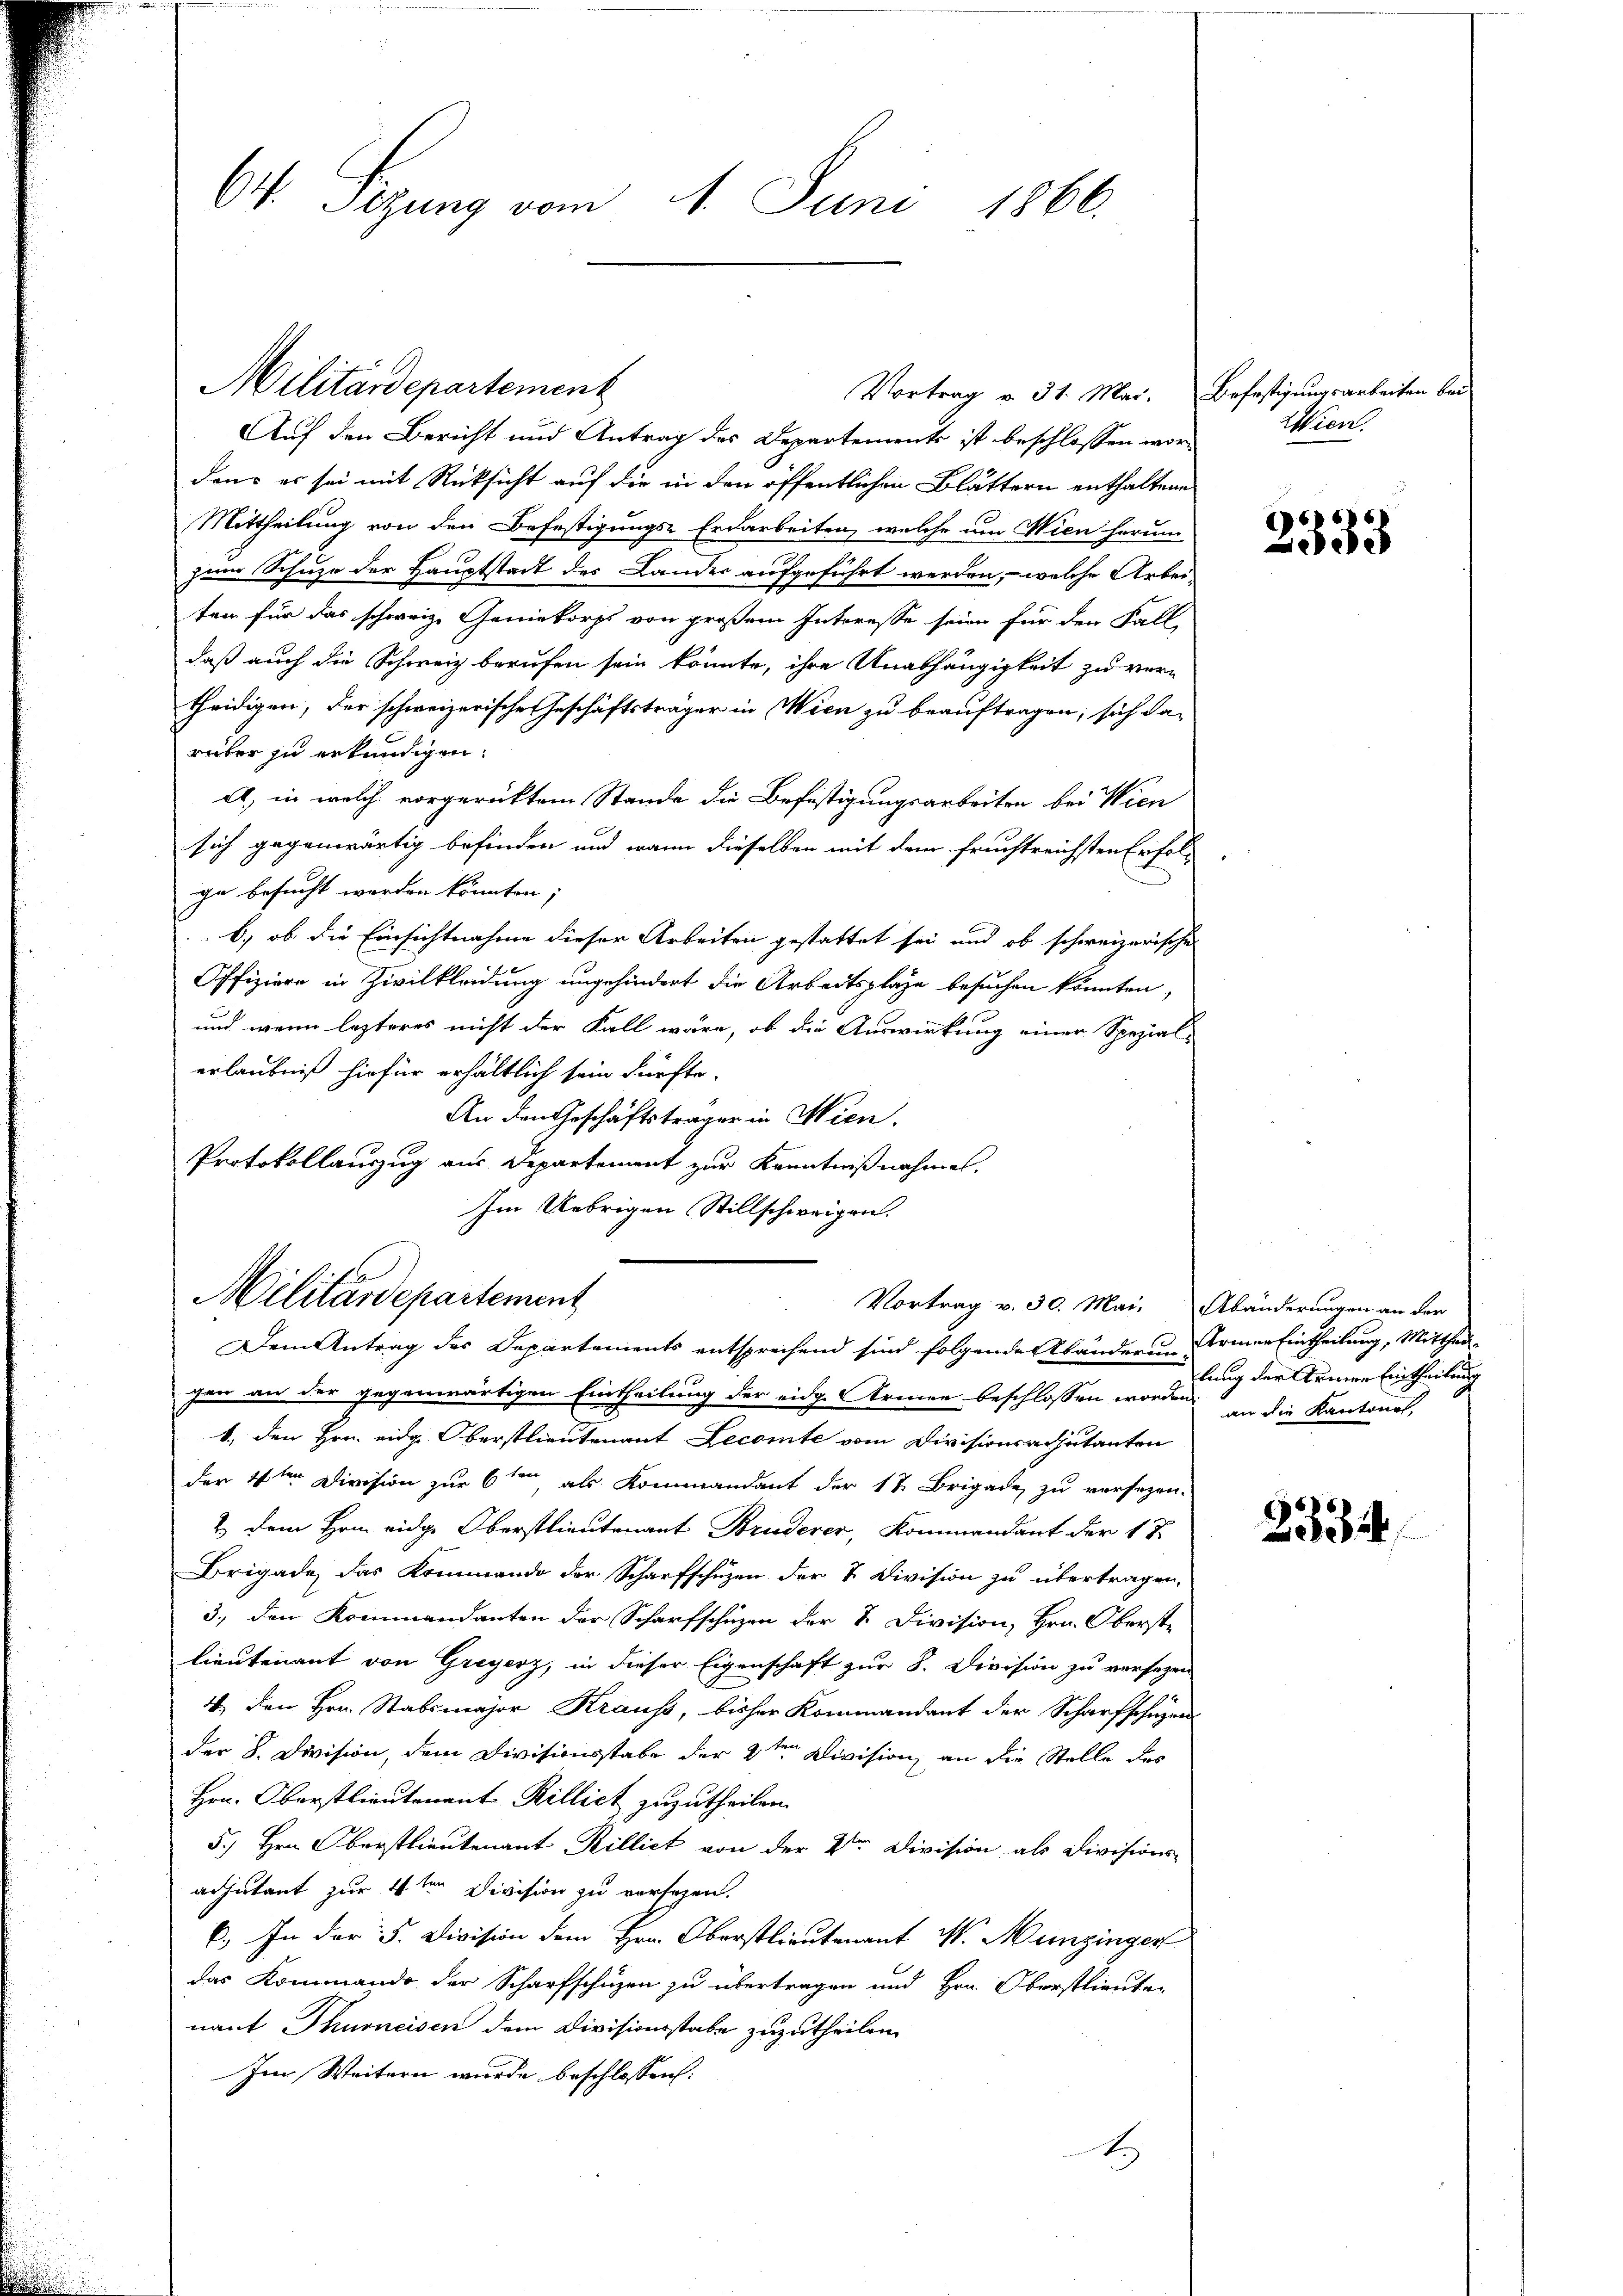
Ch. Sezung vom 14. Juni 1866.

Auf den Bericht und Antrag des Departements ist beschlossen wordons es sei mit Rücksicht auf die in den öffentlichen Blättern enthaltene
Mittheilung von den Befestigungs-Erdarbeiten, welche um Wien herum
zum Schuze der Hauptstadt des Landes aufgeführt werden, – welche Arbeiten für das schweiz. Geniekorps von großem Interesse seien für den Fall-
daß auch die Schweiz berufen sein könnte, ihre Unabhängigkeit zu ver-
theidigen, der schweizerische Geschäftsträger in Wien zu beauftragen, sich da-
rüber zu erkundigen.
A.) in welche vorgerücktem Stande die Befestigungsarbeiten bei Wien
sich gegenwärtig befinden und wann dieselben mit dem fruchtreichsten Erfolge besucht worden könnten;
b.) ob die Einsichtnahme dieser Arbeiten gestattet sei und ob schweizerische
Offiziere in Zivilkleidung ungehindert die Arbeitsplaze besuchen könnten,
und wenn lezteres nicht der Fall wäre, ob die Auswirkung einer Spezial-
erlaubniß hiefür erhältlich sein dürfte.
An den Geschäftsträger in Wien.
Protokollauszug aus Departement zur Kenntnißnahmes.
Im Uebrigen Stillschweigen.
Militärdepartement
Vortrag v. 30. Mai, Abänderungen an der
Dem Antrag des Departements entsprechend sind folgende Abänderung Armen Eintheilung, Mitthei
zen an der gegenwärtigen Eintheilung der eidg. Armen beschlossen worden in die Kantones,
1., den Hrn. eidg. Oberstlieutenant Lecomte vom Divisionsadjutanten
der 4ten Division zur 6ten als Kommandant der 12 Brigade zu versezen.
2. dem Hern eidge Oberstlieutenant Bruderer, Kommendant der 17.
Brigade, das Kommando der Scharfschüzen der & Division zu übertragen,
3., den Kommandanten der Scharfschüzen der & Division, Hrn. Oberste
lieutenant von Greyerz, in dieser Eigenschaft zur S. Division zu versagen
4. den Hrn. Stabsmajor Kraus, bisher Kommandant der Scharfschuzen
der 8. Devision, dem Divisionsstabe der 4ten Clivision, an die Stelle des
Hrn. Oberstlieutenant Rillict zuzutheilen.
5.) Hrn. Oberstlieutenant Rilliet von der 2ten Division als Divisions-
adjutant zur 4ten Division zu verfügen.
6. In der 5. Division dem Hrn. Oberstlieutenant M. Munzinger
das Kommando der Scharfschüzen zu übertragen und Hrn. Oberstlieuten
nant Thurneisen dem Divisionsstabe zuzutheilen.
Im Weitern wurde beschlossen:
t

Militärdepartement

Vortrag v. 31. Mai.

Befestigungsarbeiten bei
Wien.

2333

lung der Keiner Eintheilung

2334